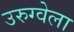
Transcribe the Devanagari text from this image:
उरुग्वेला